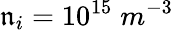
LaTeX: \mathfrak{n}_{i}=10^{15}\; m^{-3}